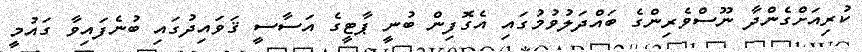
ކުރިއަށްގެންދާ ނޫސްވެރިންގެ ބައްދަލުވުމުގައި އެގޮފިން ބުނީ ޕާޓީގެ އަސާސީ ޤަވައިދުގައި ބުނެފައިވާ ގައުމީ